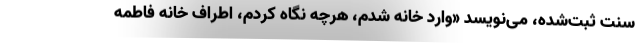
سنت ثبت‌شده، می‌نویسد «وارد خانه شدم، هرچه نگاه کردم، اطراف خانه فاطمه